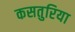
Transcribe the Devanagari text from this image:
कसतुरिया